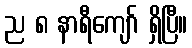
ည ၈ နာရီကျော် ရှိပြီ။